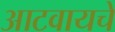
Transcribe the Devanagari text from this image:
आटवायचे